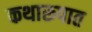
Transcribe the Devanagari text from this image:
कथारूपात